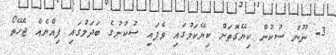
3- ނޫނު ސުކުން ކިޔޭގޮތަށް ކިޔޭކަމުގައި ވެފައި ސުކުނުގެ ބަދަލުގައި ފިއްޔެއް ޖެހޭތޯ